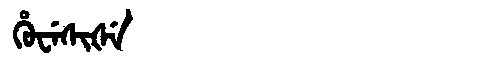
Manchu: ᡥᡠᠸᡝᠰᡳᡧᡝ
Romanization: HUWESIŠE